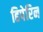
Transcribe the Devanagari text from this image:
हिपेरिन